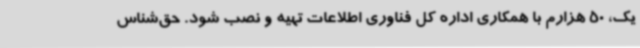
یک، 50 هزارم با همکاری اداره کل فناوری اطلاعات تهیه و نصب شود. حق‌شناس